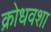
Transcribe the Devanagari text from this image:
क्रोधवशा